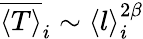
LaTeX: \overline{{\langle T\rangle}}_{i}\sim\langle l\rangle_{i}^{2\beta}